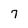
Character: 7